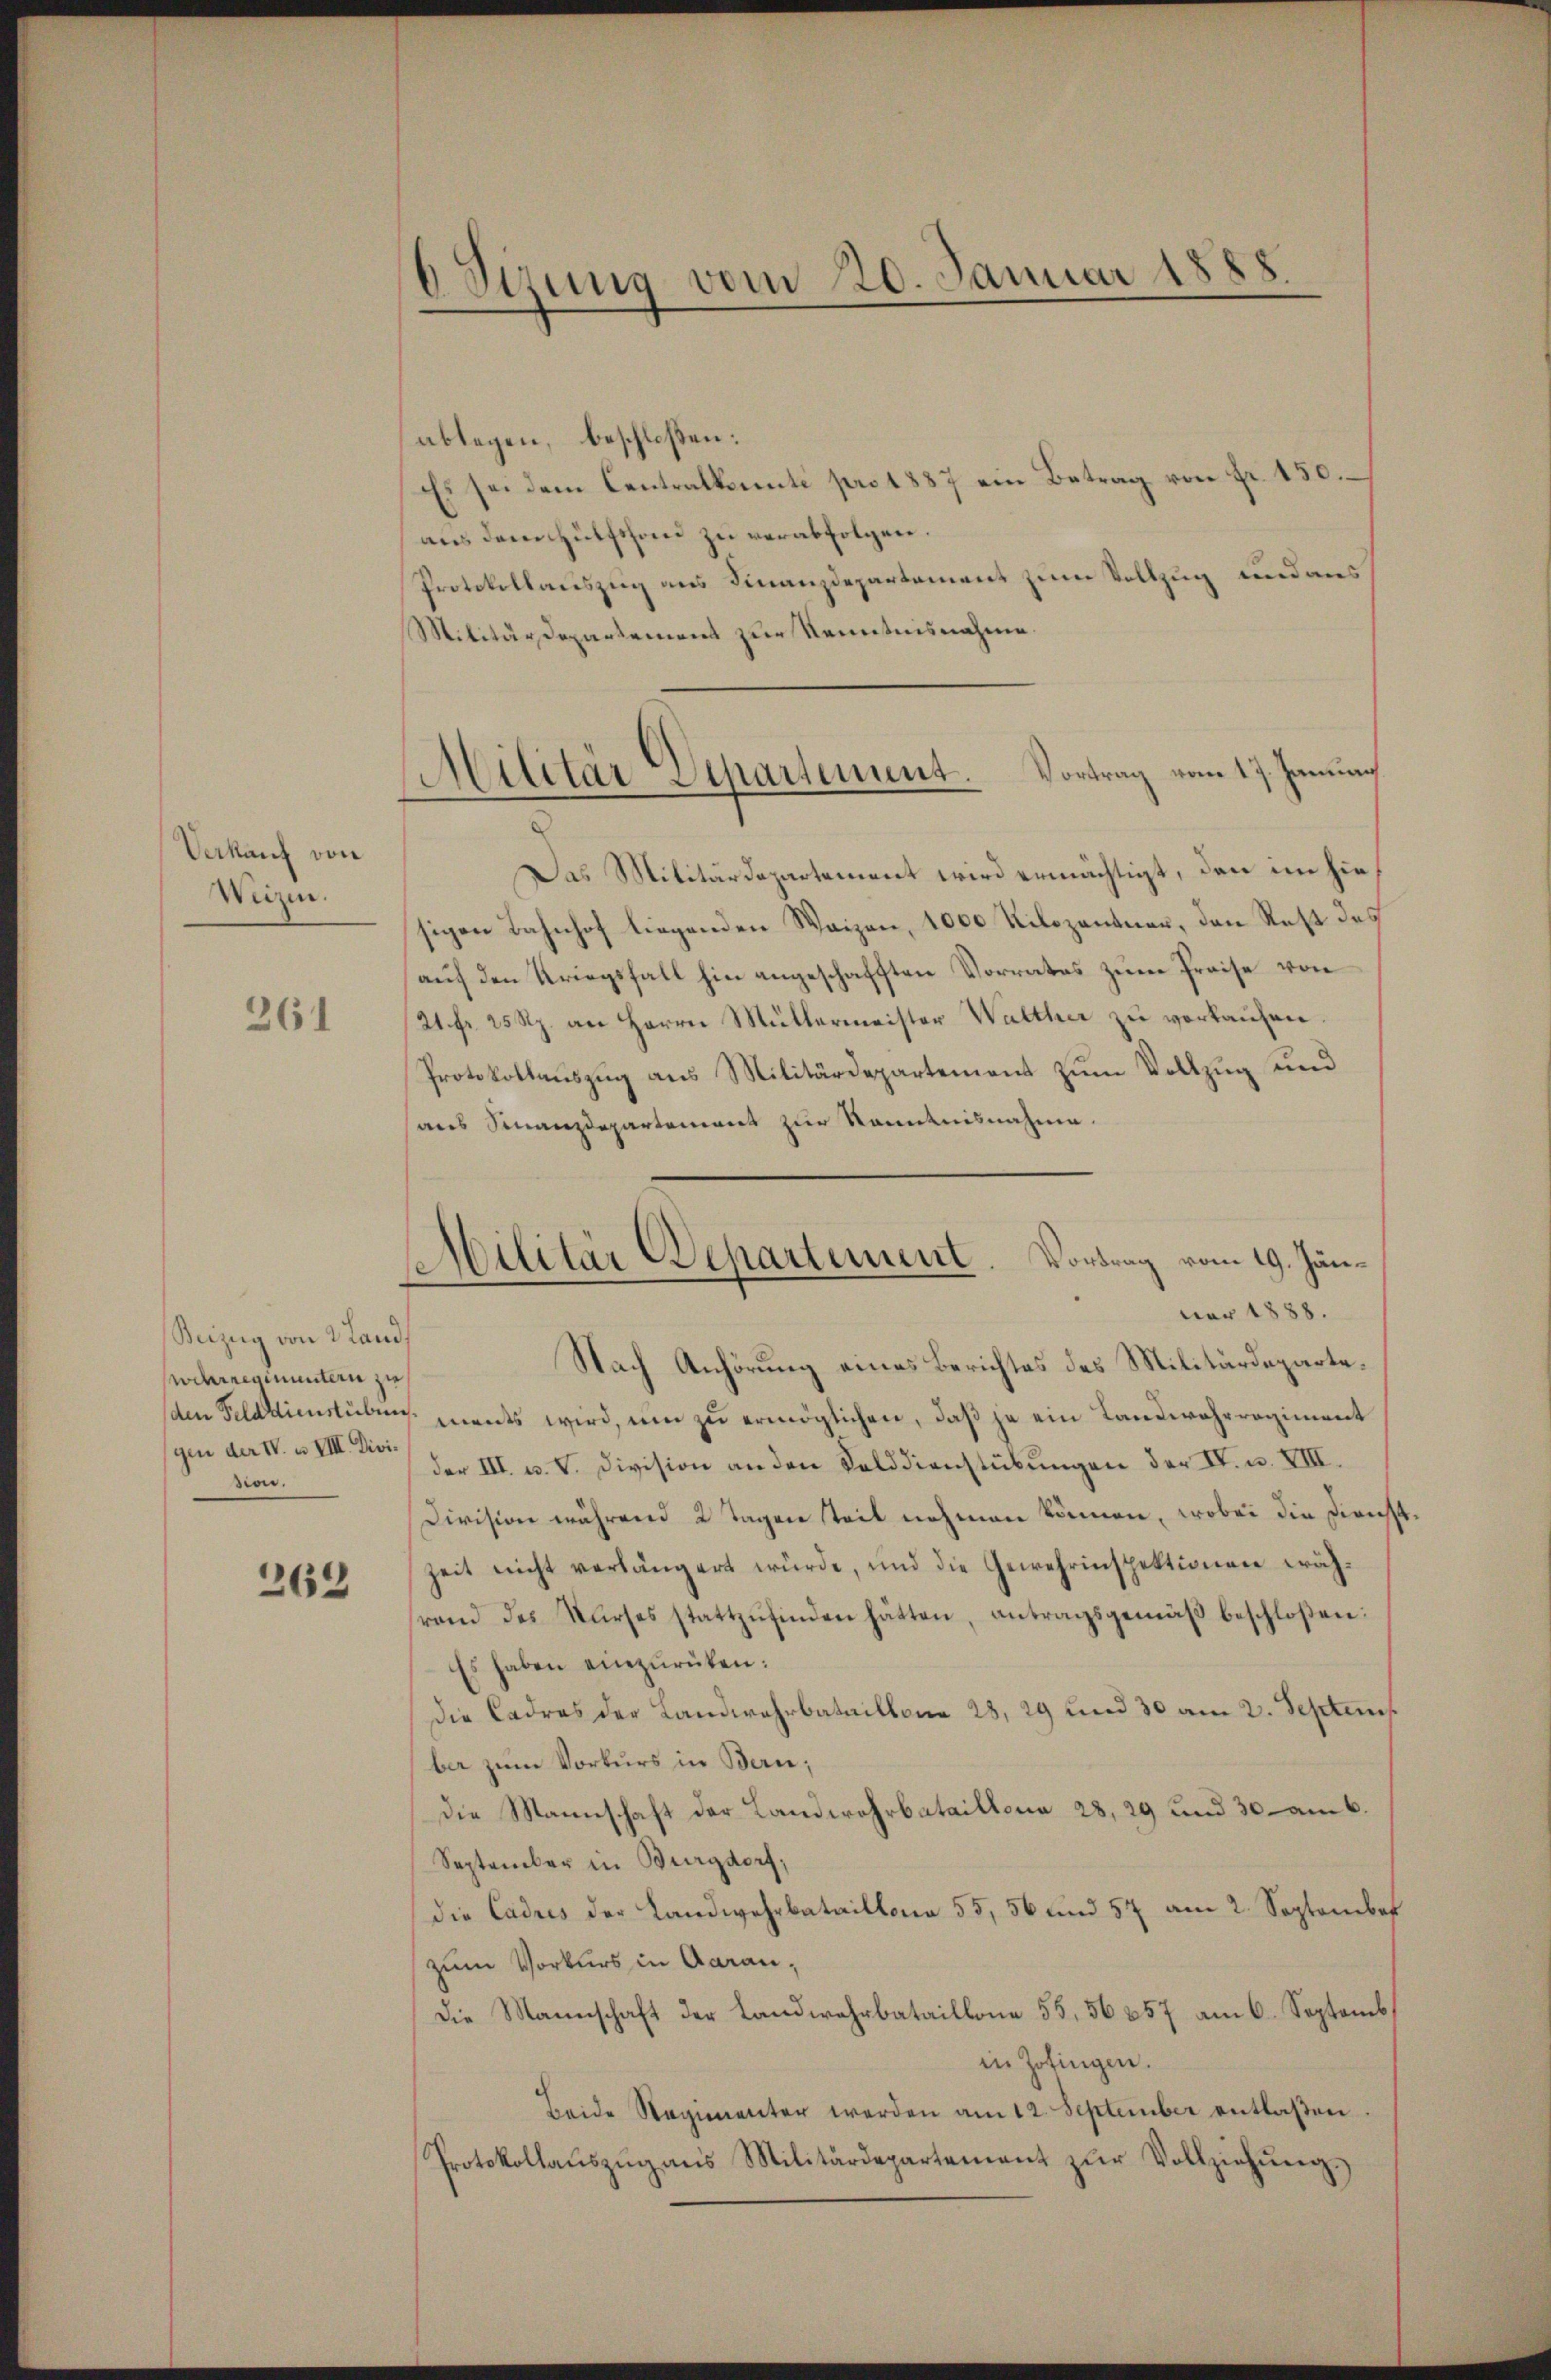
Verkauf von
Weizen.

261

Seizug von Land
werneinuntern zu
gen der IV. u. VIII. Dividen.

263

0 Sitzung vom 20. Januar 1888.

ablegen, beschloßen:
Es sei dem Centralkonti pro 1887 ein Betrag von Fr. 150.
aus dem Hülfshan zu verabfolgen.
Protokollauszug aus Finanzdepartement zum Vollzug und aus
Militärdepartement zur Kenntnisnahme.
Das Militärdepartement wird ermächtigt, den im hiesigen Bahnhof liegenden Waizen, 1000 Kilozentner, den Rest des
auf den Kriegsfall hin angeschafften Vorrates zum Preise von
21. Fr. 25 Rp. an Herrn Müllermeister Walther zu verkaufen.
Protokollauszug aus Militärdepartement zum Vollzug und
aus Finanzdepartemens zur Kenntnisnahme.
uar 1888.
Nach Anhörung eines Berichtes des Militärdeparteden Felddienstubens unents wird, um zu ermöglichen, daß ja ein Landwehrregiment
der III. u. V. Division an den Felddienstübungen der IV. u. VIII.
Division während 2 Tagen teil nehmen können, wobei die Dienst.
zeit nicht verlängert würde, und die Gewehrinspektionen währand des Kŭrses stattzŭfinden hätten, antragsgemäβ beschloßen:
Es haben einzurüken:
Die Cadres der Landwehrbataillona 28, 29 und 30 am 2. Septem
ber zum Vorkurs in Bern;
Die Mannschaft der Landwehrbataillona 28, 29 und 30- am 6.
September in Burgdorf;
die Cadres der Landwehrbataillona 55, 56 und 57 am 2. September
zum Vorkurs in Aarau,
die Mannschaft der Landwehrbataillone 55, 56357 am 6. Septemb
in Zofingen.
Beide Regimenter werden am 12. September entlaßen
Protokollaŭszŭg ans Militärdepartement zŭr Vollziehŭng

Militär Departement. Vortrag vom 17. Januar

Militär Departement. Vortrag vom 19. Jän¬